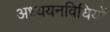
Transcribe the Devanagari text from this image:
अध्ययनविधियों